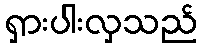
ရှားပါးလှသည်